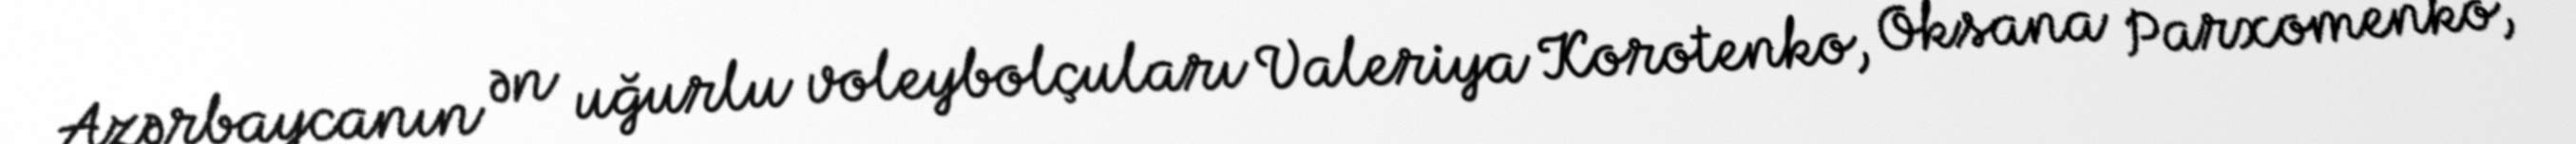
Azərbaycanın ən uğurlu voleybolçuları Valeriya Korotenko, Oksana Parxomenko,